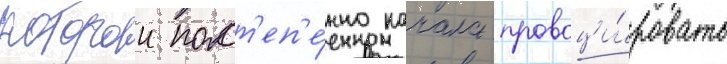
которои пост'еп'е́нно начала провоци́ровать